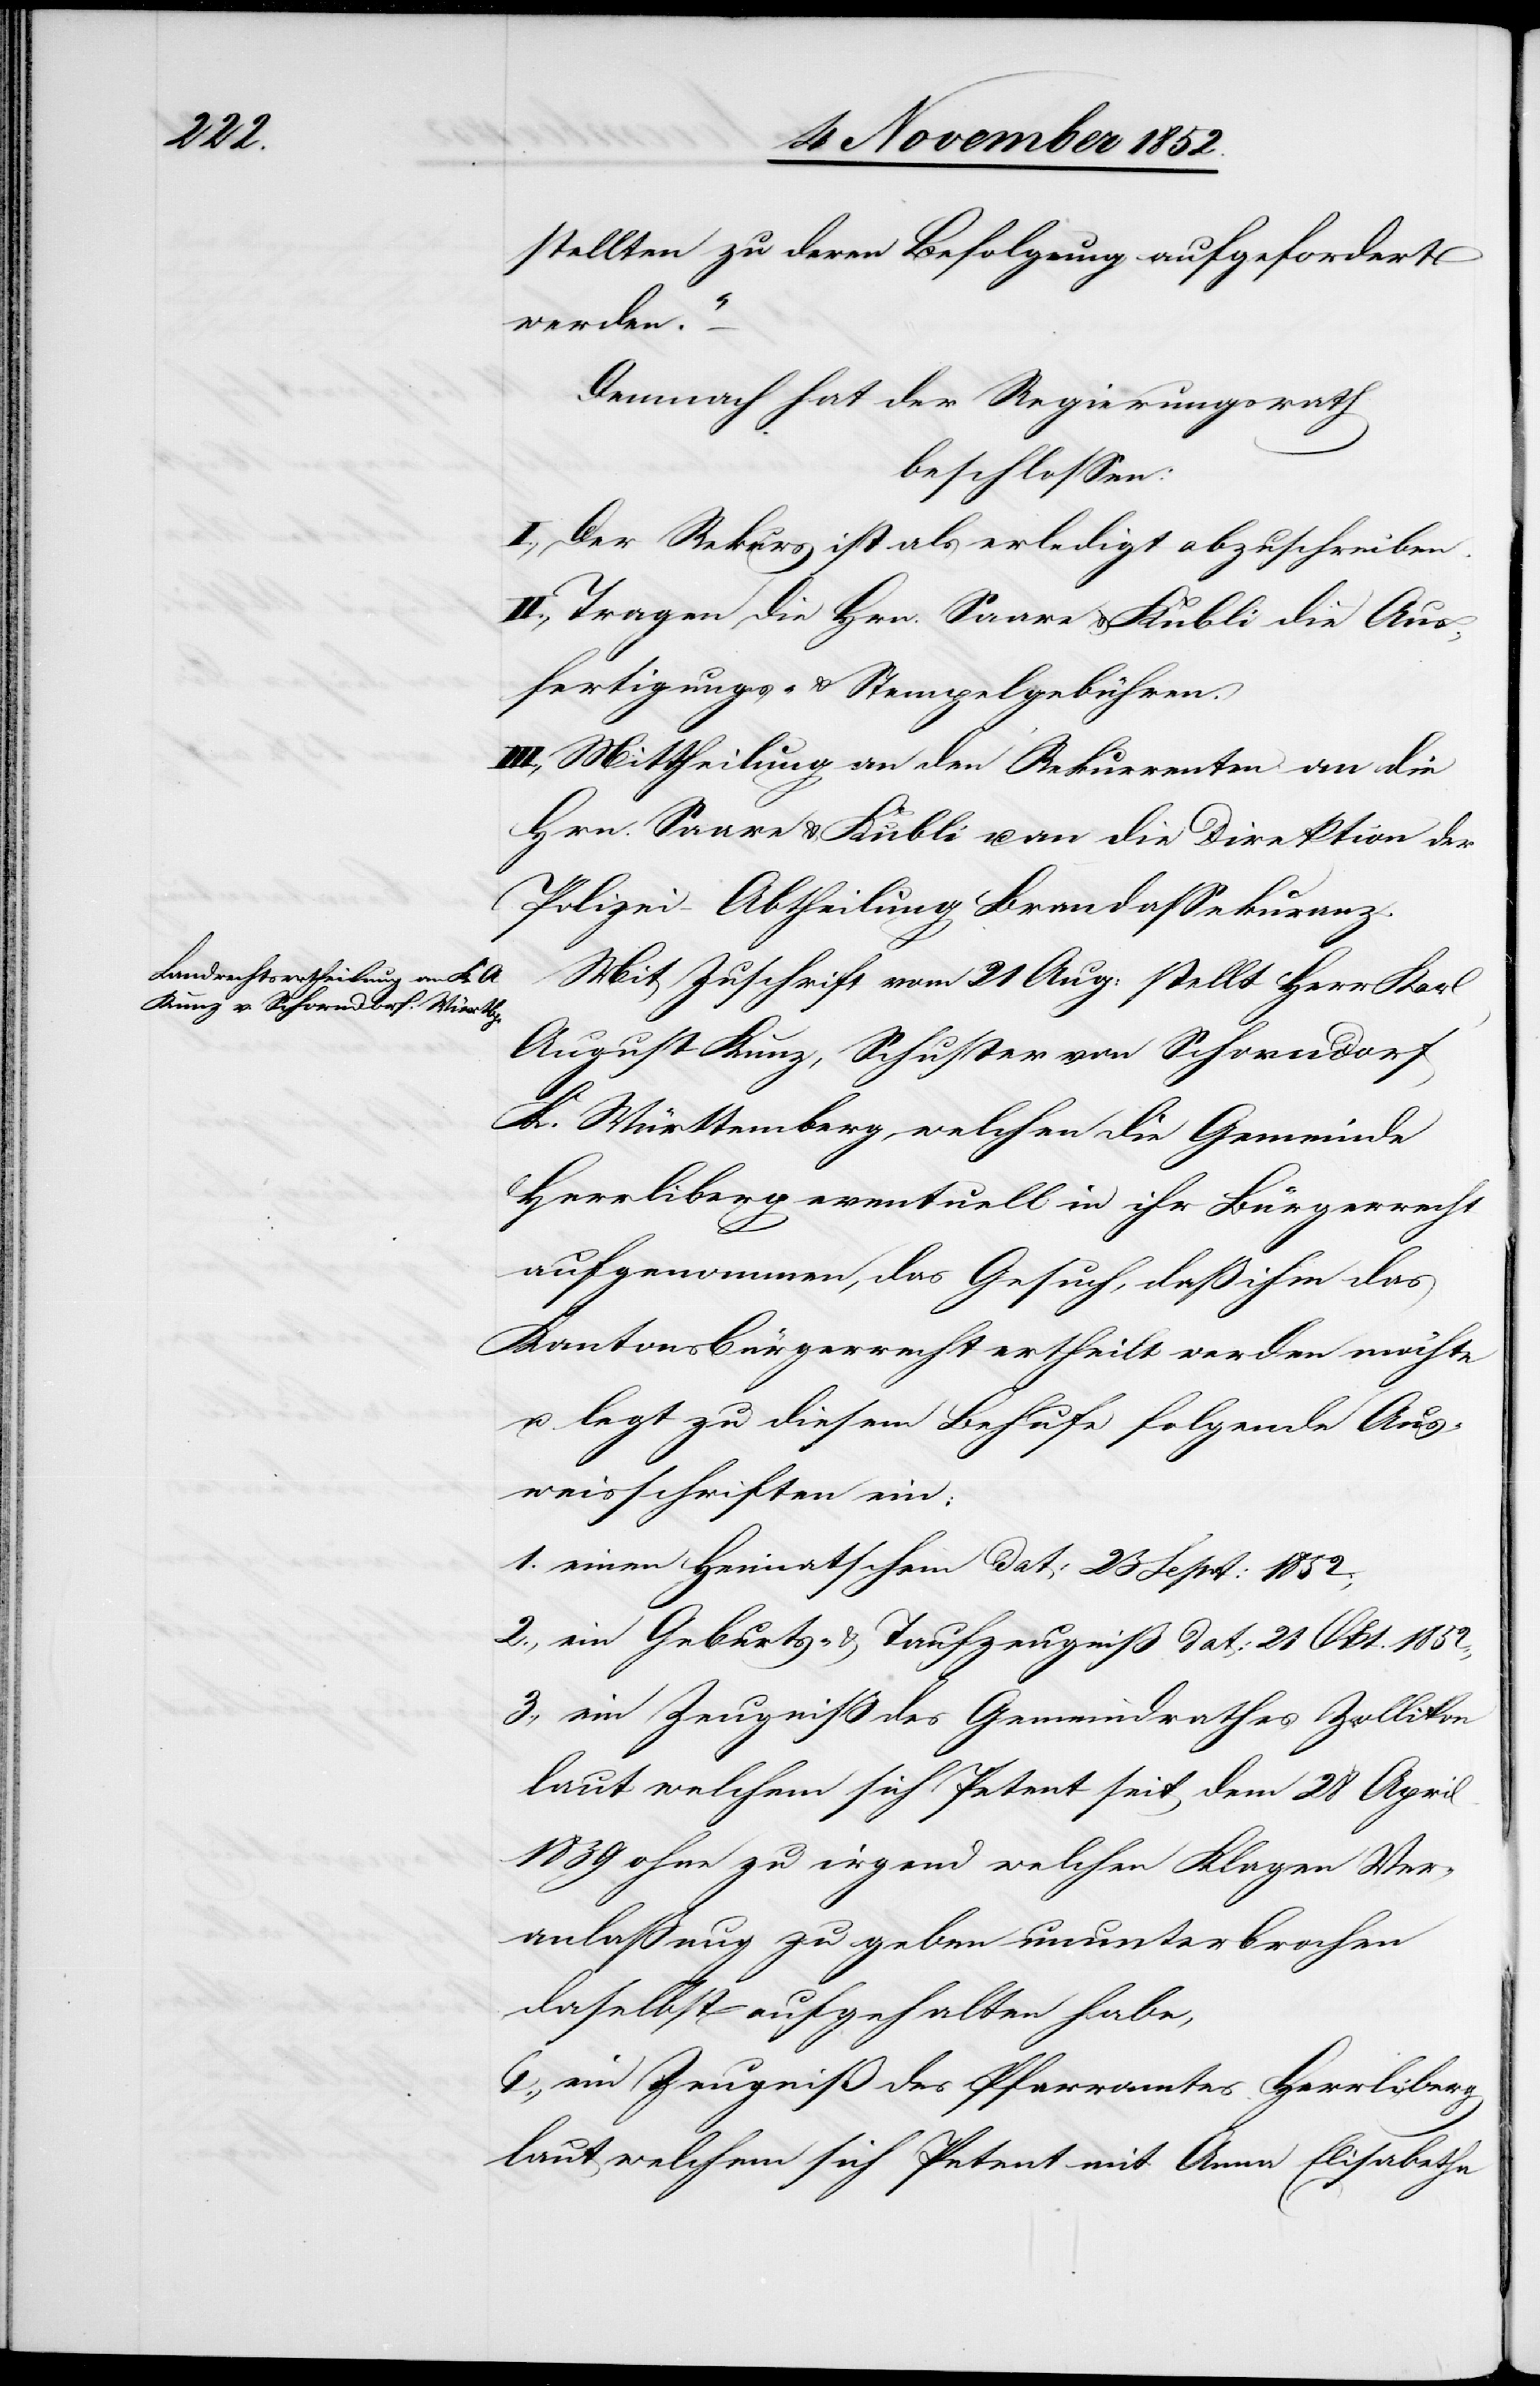
stellten zu deren Befolgung aufgefordert
werden.“
Demnach hat der Regierungsrath
beschlossen:
I., Der Rekurs ist als erledigt abzuschreiben.
II., Tragen die Hrn. Saare & Kubli die Aus¬
fertigungs- & Stempelgebühren.
III., Mittheilung an den Rekurrenten[,] an die
Hrn. Saare & Kubli u. an die Direktion der
Polizei – Abtheilung Brandassekuranz.
Mit Zuschrift vom 21 Aug: stellt Herr Karl
August Kunz, Schuster von Schorndorf
K. Württemberg, welchen die Gemeinde
Herrliberg eventuell in ihr Bürgerrech¬
t
aufgenommen, das Gesuch, daß ihm das
Kantonsbürgerrecht ertheilt werden möchte
u. legt zu diesem Behufe folgende Aus¬
weisschriften ein:
einen Heimatschein dat: 23 Sept: 1852;
ein Geburts- & Taufzeugniß dat: 21 Okt. 1852;
ein Zeugniß des Gemeindrathes Zollikon
laut welchem sich Petent seit dem 28 April
1839 ohne zu irgend welchen Klagen Ver¬
anlaßung zu geben ununterbrochen
daselbst aufgehalten habe,
ein Zeugniß des Pfarramtes Herrliberg
laut welchem sich Petent mit Anna Elisabetha